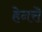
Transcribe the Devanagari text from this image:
हेनरॊ